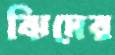
ঝিদের